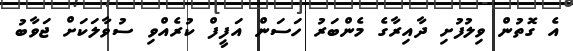
އެ ގޮތުން ވިލުފުށި ދާއިރާގެ މެންބަރު ހަސަން އަފީފް ކުރެއްވި ސުވާލަކަށް ޖަވާބު